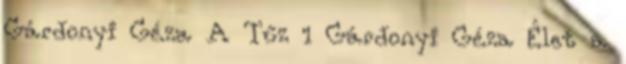
Gárdonyi Géza A Tűz 1 Gárdonyi Géza Élet a